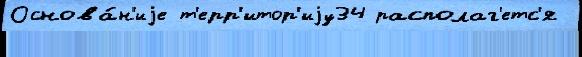
Основа́н'иjе т'ерр'итор'иjу34 располаг'етс'я